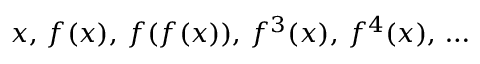
x , \, f ( x ) , \, f ( f ( x ) ) , \, f ^ { 3 } ( x ) , \, f ^ { 4 } ( x ) , \, \ldots